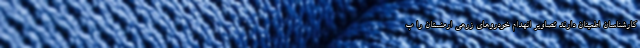
کارشناسان اطمینان دارند تصاویر انهدام خودروهای زرهی ارمنستان را ب